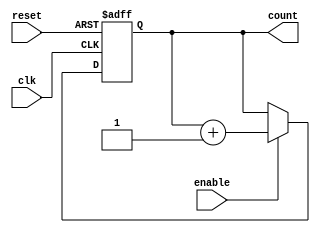
module async_counter (
    input wire clk,       // Clock input
    input wire enable,    // Enable signal
    input wire reset,     // Asynchronous reset signal
    output reg [2:0] count // 3-bit binary output (0 to 7)
);

// Asynchronous reset and counting logic
always @(posedge clk or posedge reset) begin
    if (reset) begin
        count <= 3'b000; // Reset count to 0
    end else if (enable) begin
        // Counting logic
        count <= count + 1; // Increment count
    end
end

endmodule